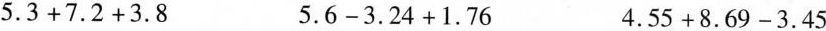
$$5 . 3 + 7 . 2 + 3 . 8$$ $$5 . 6 - 3 . 2 4 + 1 . 7 6$$ $$4 . 5 5 + 8 . 6 9 - 3 . 4 5$$